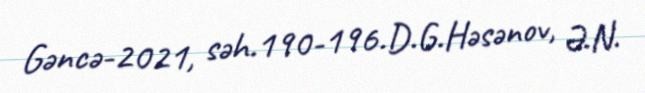
Gəncə-2021, səh.190-196.D.G.Həsənov, Ə.N.